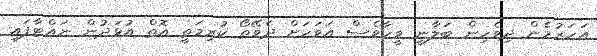
އަހަރުމެން ދިވެހިން ބަލާނީ ވީހާވެސް އަވަހަށް ދެވޭތޯ ކުރިމަތީ އޮތް އުޅަދުން ނައްޓާފައި